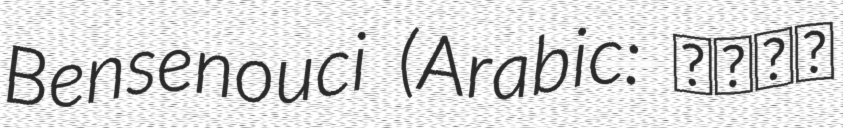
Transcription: Bensenouci (Arabic: عبلة